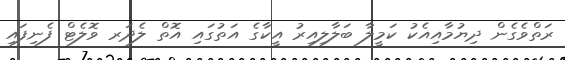
ރަތްވެގެން ދިޔުމާއިއެކު ކަމީލާ ބަލާލިއިރު އީކާގެ އަތުގައި އޮތް ލެދަރ ވޮލެޓް ފެނިފައި